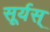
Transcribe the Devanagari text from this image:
सूर्यस्